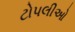
ટોપલીઓ